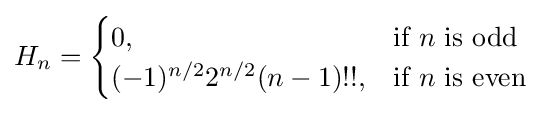
H_{n}={\begin{cases}0,&{\mbox{if }}n{\mbox{ is odd}}\\(-1)^{n/2}2^{n/2}(n-1)!!,&{\mbox{if }}n{\mbox{ is even}}\end{cases}}